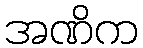
အဏိက